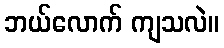
ဘယ်လောက် ကျသလဲ။